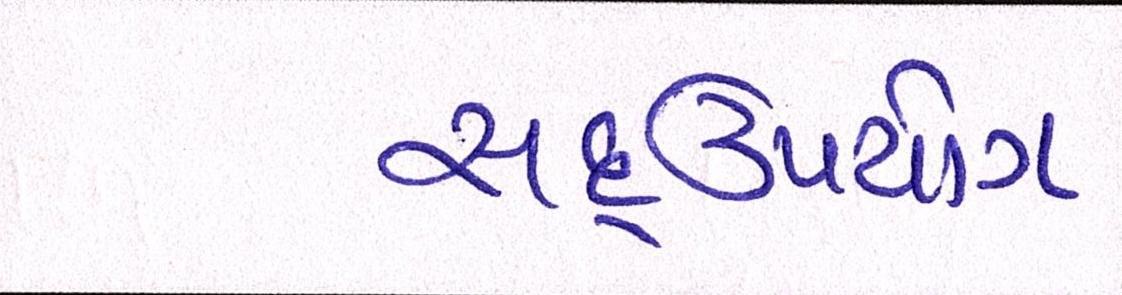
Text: સદ્ઉપયોગ